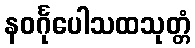
နဝင်္ဂုပေါသထသုတ္တံ